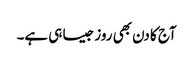
آج کا دن بھی روز جیسا ہی ہے۔